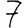
Digit: 7